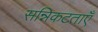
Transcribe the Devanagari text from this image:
सन्निकटताएँ